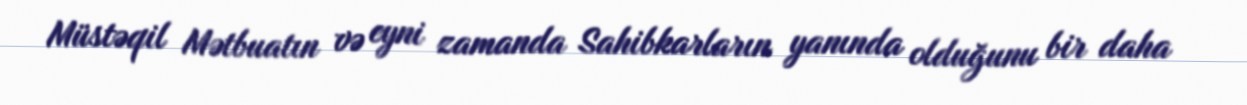
Müstəqil Mətbuatın və eyni zamanda Sahibkarların yanında olduğunu bir daha